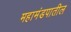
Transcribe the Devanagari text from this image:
महामंडपातील